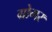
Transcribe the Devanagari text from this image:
ग्रोगर